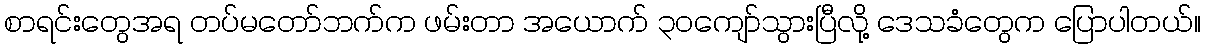
စာရင်းတွေအရ တပ်မတော်ဘက်က ဖမ်းတာ အယောက် ၃ဝကျော်သွားပြီလို့ ဒေသခံတွေက ပြောပါတယ်။